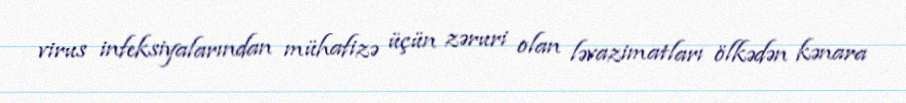
virus infeksiyalarından mühafizə üçün zəruri olan ləvazimatları ölkədən kənara